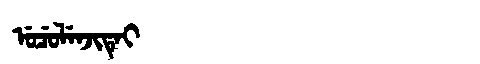
Manchu: ᡠᠴᡠᠯᡝᠨᠵᡳᡨᡝᡳ
Romanization: UCULENJITEI